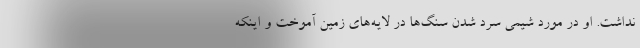
نداشت. او در مورد شیمی سرد شدن سنگ‌ها در لایه‌های زمین آموخت و اینکه